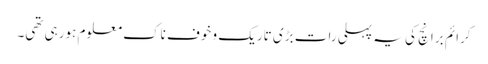
کرائم برانچ کی یہ پہلی رات بڑی تاریک و خوف ناک معلوم ہورہی تھی۔